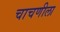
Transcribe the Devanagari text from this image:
चाचणीला